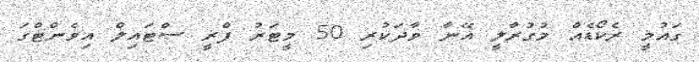
ގައުމީ ރެކޯޑެއް މުގުރާލީ އޭނާ ވާދަކުރި 50 މީޓަރު ފްރީ ސްޓައިލް އިވެންޓްގަ